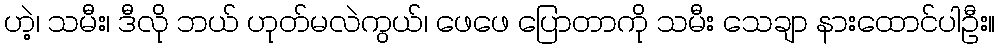
ဟဲ့၊ သမီး၊ ဒီလို ဘယ် ဟုတ်မလဲကွယ်၊ ဖေဖေ ပြောတာကို သမီး သေချာ နားထောင်ပါဦး။